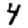
Digit: 4